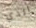
الذي